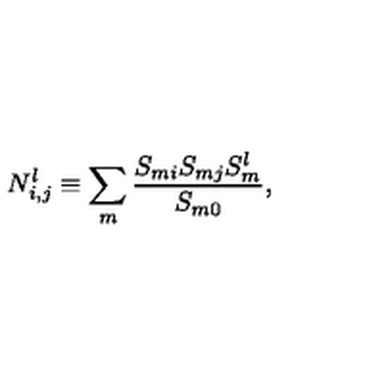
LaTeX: N _ { i , j } ^ { l } \equiv \sum _ { m } \frac { S _ { m i } S _ { m j } S _ { m } ^ { l } } { S _ { m 0 } } ,